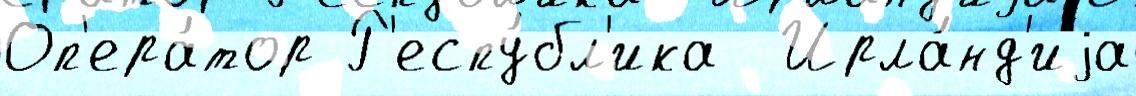
Оп'ера́тор Р'еспу́бл'ика  Ирла́нд'иjа